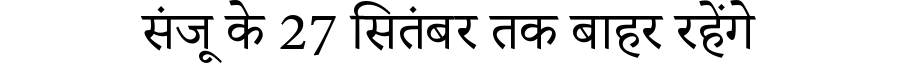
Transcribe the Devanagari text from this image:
संजू के 27 सितंबर तक बाहर रहेंगे